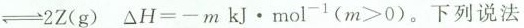
\rightleftharpoons